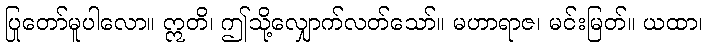
ပြုတော်မူပါလော။ ဣတိ၊ ဤသို့လျှောက်လတ်သော်။ မဟာရာဇ၊ မင်းမြတ်။ ယထာ၊